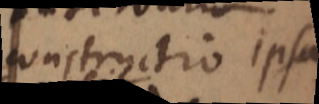
constructio ipsa